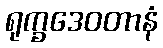
ရုက္ခဒေဝတာနံ